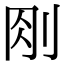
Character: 𠛧